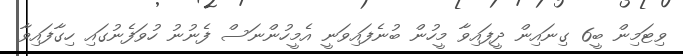
ވިޓަމިން ބީ6 ގިނައިން ދީފައިވާ މީހުން ބުނެފައިވަނީ އެމީހުންނަސް ފެނުނު ހުވަފެނުގައި ހިގާފައިވާ